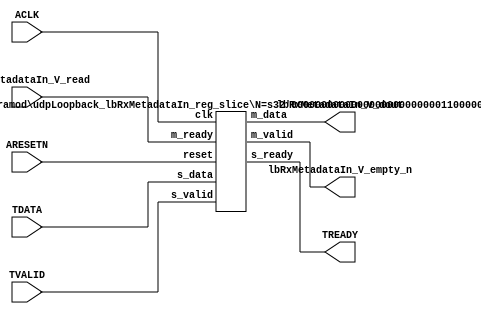
// This program was cloned from: https://github.com/mustafabbas/ECE1373_2016_hft_on_fpga
// License: MIT License

// ==============================================================
// File generated by Vivado(TM) HLS - High-Level Synthesis from C, C++ and SystemC
// Version: 2016.3
// Copyright (C) 1986-2016 Xilinx, Inc. All Rights Reserved.
// 
// ==============================================================


`timescale 1ns/1ps

module udpLoopback_lbRxMetadataIn_if (
    // AXI4-Stream singals
    input  wire        ACLK,
    input  wire        ARESETN,
    input  wire        TVALID,
    output wire        TREADY,
    input  wire [95:0] TDATA,
    // User signals
    output wire [95:0] lbRxMetadataIn_V_dout,
    output wire        lbRxMetadataIn_V_empty_n,
    input  wire        lbRxMetadataIn_V_read
);
//------------------------Local signal-------------------
// register slice
wire [0:0]  s_valid;
wire [0:0]  s_ready;
wire [95:0] s_data;
wire [0:0]  m_valid;
wire [0:0]  m_ready;
wire [95:0] m_data;

//------------------------Instantiation------------------
// rs
udpLoopback_lbRxMetadataIn_reg_slice #(
    .N       ( 96 )
) rs (
    .clk     ( ACLK ),
    .reset   ( ARESETN ),
    .s_data  ( s_data ),
    .s_valid ( s_valid ),
    .s_ready ( s_ready ),
    .m_data  ( m_data ),
    .m_valid ( m_valid ),
    .m_ready ( m_ready )
);

//------------------------Body---------------------------
// AXI4-Stream
assign TREADY                   = s_ready;
// Register Slice
assign s_valid                  = TVALID;
assign m_ready                  = lbRxMetadataIn_V_read;
assign s_data[95:0]             = TDATA[95:0];
// User Signal
assign lbRxMetadataIn_V_empty_n = m_valid;
assign lbRxMetadataIn_V_dout    = m_data;

endmodule



`timescale 1ns/1ps

module udpLoopback_lbRxMetadataIn_reg_slice
#(parameter
    N = 8   // data width
) (
    // system signals
    input  wire         clk,
    input  wire         reset,
    // slave side
    input  wire [N-1:0] s_data,
    input  wire         s_valid,
    output wire         s_ready,
    // master side
    output wire [N-1:0] m_data,
    output wire         m_valid,
    input  wire         m_ready
);
//------------------------Parameter----------------------
// state
localparam [1:0]
    ZERO = 2'b10,
    ONE  = 2'b11,
    TWO  = 2'b01;
//------------------------Local signal-------------------
reg  [N-1:0] data_p1;
reg  [N-1:0] data_p2;
wire         load_p1;
wire         load_p2;
wire         load_p1_from_p2;
reg          s_ready_t;
reg  [1:0]   state;
reg  [1:0]   next;
//------------------------Body---------------------------
assign s_ready = s_ready_t;
assign m_data  = data_p1;
assign m_valid = state[0];

assign load_p1 = (state == ZERO && s_valid) ||
                 (state == ONE && s_valid && m_ready) ||
                 (state == TWO && m_ready);
assign load_p2 = s_valid & s_ready;
assign load_p1_from_p2 = (state == TWO);

// data_p1
always @(posedge clk) begin
    if (load_p1) begin
        if (load_p1_from_p2)
            data_p1 <= data_p2;
        else
            data_p1 <= s_data;
    end
end

// data_p2
always @(posedge clk) begin
    if (load_p2) data_p2 <= s_data;
end

// s_ready_t
always @(posedge clk) begin
    if (~reset)
        s_ready_t <= 1'b0;
    else if (state == ZERO)
        s_ready_t <= 1'b1;
    else if (state == ONE && next == TWO)
        s_ready_t <= 1'b0;
    else if (state == TWO && next == ONE)
        s_ready_t <= 1'b1;
end

// state
always @(posedge clk) begin
    if (~reset)
        state <= ZERO;
    else
        state <= next;
end

// next
always @(*) begin
    case (state)
        ZERO:
            if (s_valid & s_ready)
                next = ONE;
            else
                next = ZERO;
        ONE:
            if (~s_valid & m_ready)
                next = ZERO;
            else if (s_valid & ~m_ready)
                next = TWO;
            else
                next = ONE;
        TWO:
            if (m_ready)
                next = ONE;
            else
                next = TWO;
        default:
            next = ZERO;
    endcase
end

endmodule